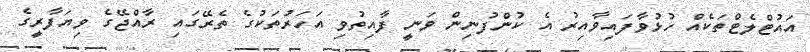
އައުޓްލެޓްތަކެއް ހުޅުވާފައިވާއިރު އެ ކުންފުނިން ވަނީ ފާއިތުވި އަހަރުތަކުގެ ތެރޭގައި ރާއްޖޭގެ ވިޔަފާރީގެ